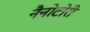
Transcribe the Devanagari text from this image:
नैनोटोरी